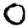
Digit: 0